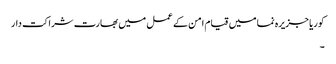
کوریا جزیرہ نما میں قیام امن کے عمل میں بھارت شراکت دار
۔